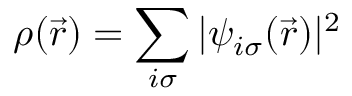
\rho ( \vec { r } ) = \sum _ { i \sigma } | \psi _ { i \sigma } ( \vec { r } ) | ^ { 2 }